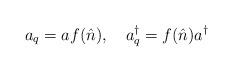
LaTeX: \begin{align*}a_{q}= af(\hat{n}),~~~a_{q}^{\dag}=f(\hat{n})a^{\dag}\end{align*}